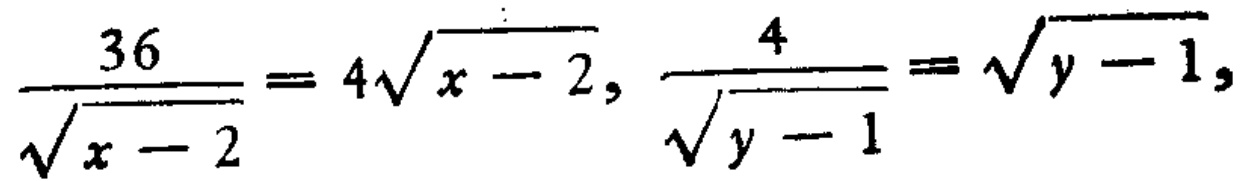
\(\frac{36}{\sqrt{x - 2}} = 4\sqrt{x - 2},\frac{4}{\sqrt{y - 1}}=\sqrt{y - 1},\)